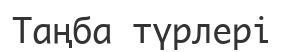
Таңба түрлері